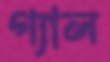
গ্যাল